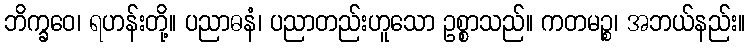
ဘိက္ခဝေ၊ ရဟန်းတို့။ ပညာဓနံ၊ ပညာတည်းဟူသော ဥစ္စာသည်။ ကတမဉ္စ၊ အဘယ်နည်း။